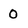
Character: 0